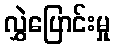
လွှဲပြောင်းမှု